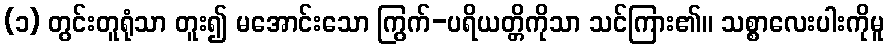
(၁) တွင်းတူရုံသာ တူး၍ မအောင်းသော ကြွက်-ပရိယတ္တိကိုသာ သင်ကြား၏။ သစ္စာလေးပါးကိုမူ